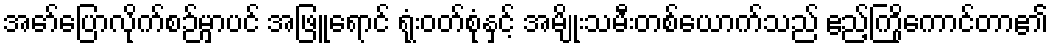
အော်ပြောလိုက်စဉ်မှာပင် အဖြူရောင် ရုံးဝတ်စုံနှင့် အမျိုးသမီးတစ်ယောက်သည် ဧည့်ကြိုကောင်တာ၏